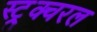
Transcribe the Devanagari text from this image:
स्ट्र्क्चरल